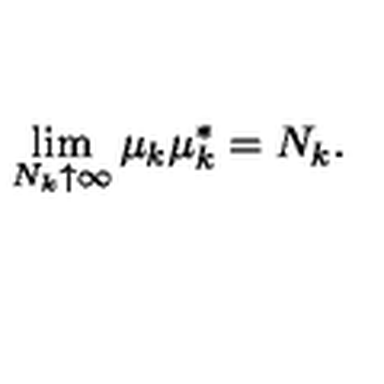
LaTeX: \lim _ { N _ { k } \uparrow \infty } \mu _ { k } \mu _ { k } ^ { \ast } = N _ { k } .